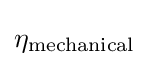
\eta _{\mathrm {mechanical} }